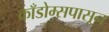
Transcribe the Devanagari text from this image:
काँडोम्सपासून